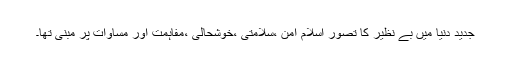
جدید دنیا میں بے نظیر کا تصور اسلام امن ،سلامتی ،خوشحالی ،مفاہمت اور مساوات پر مبنی تھا۔